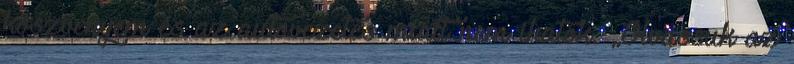
köszvényem és az autóvezetés miatt nem ihatok. „Olvassuk az